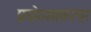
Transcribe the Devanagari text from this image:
प्रयोगशाळांचा